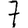
Digit: 7